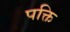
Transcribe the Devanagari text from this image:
पक्ति